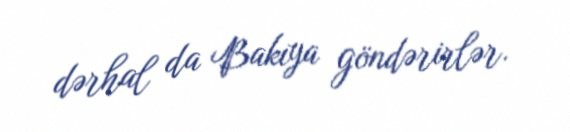
dərhal da Bakıya göndərirlər.